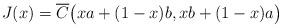
LaTeX: \begin{align*}J(x)=\overline{C}\bigl(xa+(1-x)b,xb+(1-x)a\bigr)\end{align*}